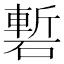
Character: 磛